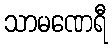
သာမဏေရီ